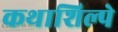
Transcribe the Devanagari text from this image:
कथाशिल्पे